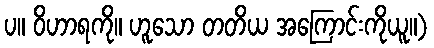
ပ။ ဝိဟာရကို။ ဟူသော တတိယ အကြောင်းကိုယူ။)